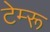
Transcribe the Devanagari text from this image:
टेम्‍रू